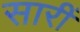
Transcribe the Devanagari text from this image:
सारीं